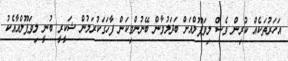
އަހަރުތަކެއް ކުރިން ވެސް ލިވަޕޫލްއަށް ބަދަލުވާން ބޭނުންވިކަން ފާހަގަކުރަމުން ޝަކީރީ ބުނީ ލިވަޕޫލްއާއެކު